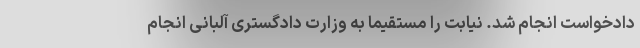
دادخواست انجام شد. نیابت را مستقیما به وزارت دادگستری آلبانی انجام